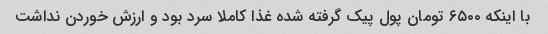
با اینکه ۶۵۰۰ تومان پول پیک گرفته شده غذا کاملا سرد بود و ارزش خوردن نداشت